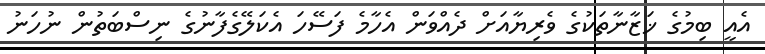
އެއީ ބިމުގެ ޚަޒާނާތަކުގެ ވެރިޔާއަށް ދެއްވަން އެހާމެ ފަސޭހަ އެކަލޭގެފާނުގެ ނިސްބަތުން ނުހަނު